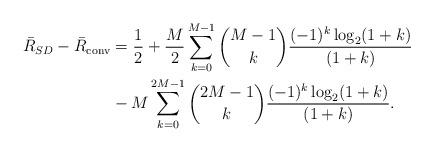
LaTeX: \begin{align*} \bar R_{SD}-\bar R_{\rm conv}&=\frac{1}{2} + \frac{M}{2} \sum_{k=0}^{M-1} {M-1\choose k} \frac{(-1)^k\log_2(1+k)}{(1+k)} \\&-M \sum_{k=0}^{2M-1} {2M-1\choose k} \frac{(-1)^k\log_2(1+k)}{(1+k)}.\end{align*}